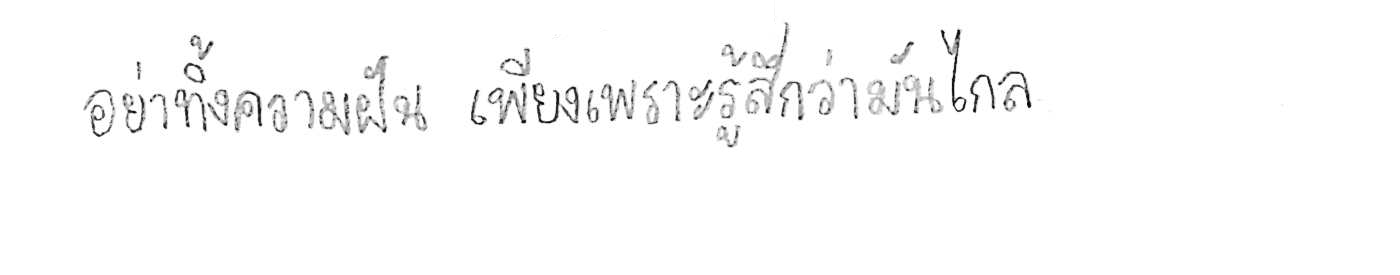
อย่าทิ้งความฝัน เพียงเพราะรู้สึกว่ามันไกล